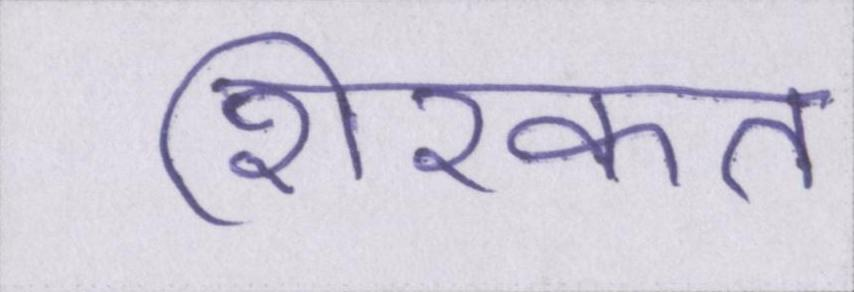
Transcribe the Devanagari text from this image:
शिरकत